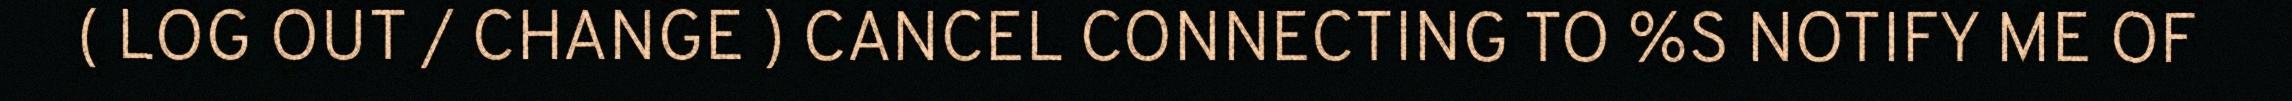
( LOG OUT / CHANGE ) CANCEL CONNECTING TO %S NOTIFY ME OF